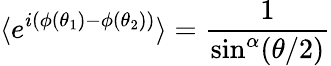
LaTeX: \langle e^{i(\phi(\theta_{1})-\phi(\theta_{2}))}\rangle=\frac 1{\sin^{\alpha}(\theta/2)}